Account of plague administration in the Bombay Presidency from September 1896 till May 1897
Year: 1896
Disease focus: Plague
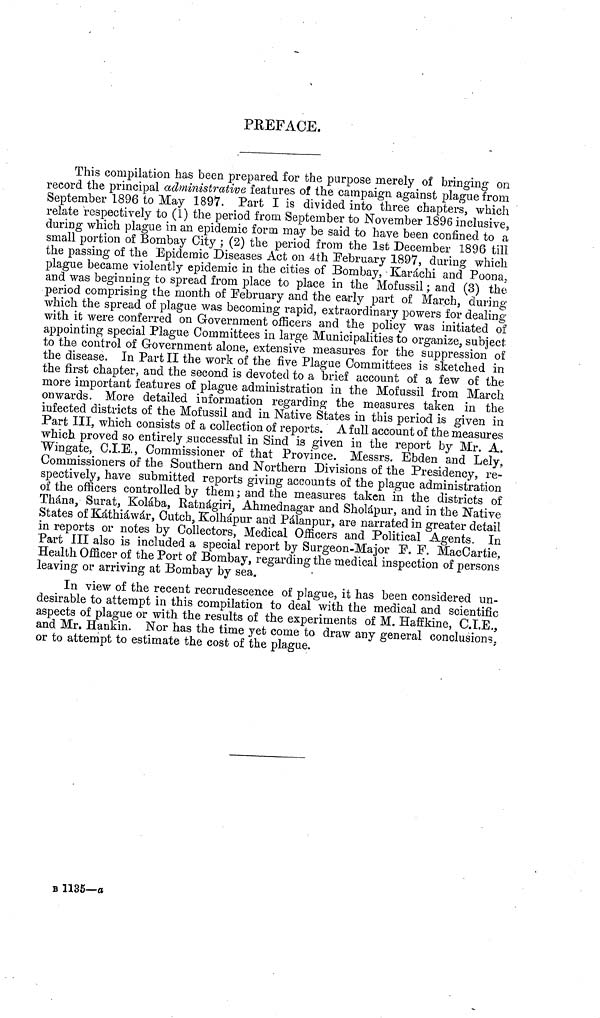
PREFACE.
This compilation has been prepared for the purpose merely of bringing on
record the principal administrative features of the campaign against plague from
September 1896 to May 1897. Part I is divided into three chapters, which
relate respectively to (1) the period from September to November 1896 inclusive,
during which plague in an epidemic form may be said to have been confined to a
small portion of Bombay City ; (2) the period from the 1st December 1896 till
the passing of the Epidemic Diseases Act on 4th February 1897, during which
plague became violently epidemic in the cities of Bombay, Karachi and Poona,
and was beginning to spread from place to place in the Mofussil ; and (3) the
period comprising the month of February and the early part of March, during
which the spread of plague was becoming rapid, extraordinary powers for dealing
with it were conferred on Government officers and the policy was initiated of
appointing special Plague Committees in large Municipalities to organize, subject
to the control of Government alone, extensive measures for the suppression of
the disease. In Part II the work of the five Plague Committees is sketched in
the first chapter, and the second is devoted to a brief account of a few of the
more important features of plague administration in the Mofussil from March
onwards. More detailed information regarding the measures taken in the
infected districts of the Mofussil and in Native States in this period is given in
Part III, which consists of a collection of reports. A full account of the measures
which proved so entirely successful in Sind is given in the report by Mr. A.
Wingate, C.I.E., Commissioner of that Province. Messrs. Ebden and Lely,
Commissioners of the Southern and Northern Divisions of the Presidency, re-
spectively, have submitted reports giving accounts of the plague administration
of the officers controlled by them ; and the measures taken in the districts of
Thána, Surat, Kolába, Ratnágiri, Ahmednagar and Sholápur, and in the Native
States of Káthiáwár, Cutch, Kolhápur and Pálanpur, are narrated in greater detail
in reports or notes by Collectors, Medical Officers and Political Agents. In
Part III also is included a special report by Surgeon-Major F. F. MacCartie,
Health Officer of the Port of Bombay, regarding the medical inspection of persons
leaving or arriving at Bombay by sea.
In view of the recent recrudescence of plague, it has been considered un-
desirable to attempt in this compilation to deal with the medical and scientific
aspects of plague or with the results of the experiments of M. Haffkine, C.I.E.,
and Mr. Hankin. Nor has the time yet come to draw any general conclusions,
or to attempt to estimate the cost of the plague.
B 1135—α